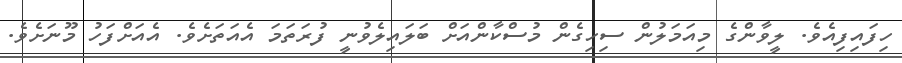
ހިފައިފިއެވެ. ލީވާންގެ މިއަމަލުން ސިހިގެން މުސްކާންއަށް ބަލައިލެވުނީ ފުރަތަމަ އެއަތަށެވެ. އެއަށްފަހު މޫނަށެވެ.